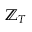
\mathbb { Z } _ { T }